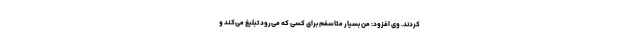
کردند. وی افزود: من بسیار متاسفم برای کسی که می‌رود تبلیغ می‌کند و